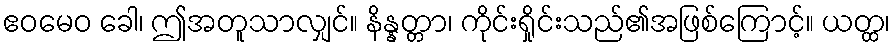
ဧဝမေဝ ခေါ၊ ဤအတူသာလျှင်။ နိန္နတ္တာ၊ ကိုင်းရှိုင်းသည်၏အဖြစ်ကြောင့်။ ယတ္ထ၊